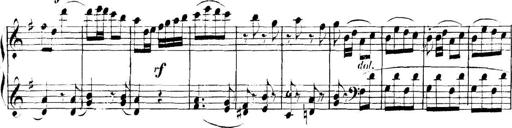
Title: Collected Piano Sonatas
Composer: Muzio Clementi